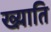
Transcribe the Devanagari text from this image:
ख्य़ाति